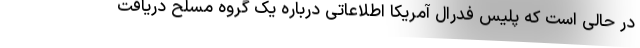
در حالی است که پلیس فدرال آمریکا اطلاعاتی درباره یک گروه مسلح دریافت